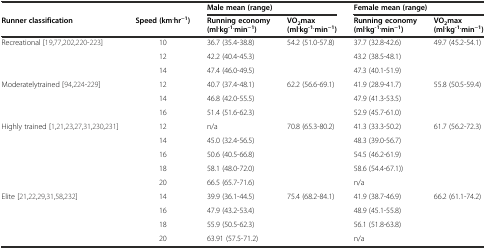
<table><thead><tr><td></td><td></td><td colspan="2"><b>Male mean (range)</b></td><td colspan="2"><b>Female mean (range)</b></td></tr><tr><td><b>Runner classification</b></td><td><b>Speed (km<sup>.</sup>hr<sup>−1</sup>)</b></td><td><b>Running economy (ml<sup>.</sup>kg<sup>-1.</sup>min<sup>−1</sup>)</b></td><td><b>VO<sub>2</sub>max (ml<sup>.</sup>kg<sup>-1.</sup>min<sup>−1</sup>)</b></td><td><b>Running economy (ml<sup>.</sup>kg<sup>-1.</sup>min<sup>−1</sup>)</b></td><td><b>VO<sub>2</sub>max (ml<sup>.</sup>kg<sup>-1.</sup>min<sup>−1</sup>)</b></td></tr></thead><tbody><tr><td rowspan="3">Recreational [19,77,202,220-223]</td><td>10</td><td>36.7 (35.4-38.8)</td><td rowspan="3">54.2 (51.0-57.8)</td><td>37.7 (32.8-42.6)</td><td rowspan="3">49.7 (45.2-54.1)</td></tr><tr><td>12</td><td>42.2 (40.4-45.3)</td><td>43.2 (38.5-48.1)</td></tr><tr><td>14</td><td>47.4 (46.0-49.5)</td><td>47.3 (40.1-51.9)</td></tr><tr><td rowspan="3">Moderatelytrained [94,224-229]</td><td>12</td><td>40.7 (37.4-48.1)</td><td rowspan="3">62.2 (56.6-69.1)</td><td>41.9 (28.9-41.7)</td><td rowspan="3">55.8 (50.5-59.4)</td></tr><tr><td>14</td><td>46.8 (42.0-55.5)</td><td>47.9 (41.3-53.5)</td></tr><tr><td>16</td><td>51.4 (51.6-62.3)</td><td>52.9 (45.7-61.0)</td></tr><tr><td rowspan="5">Highly trained [1,21,23,27,31,230,231]</td><td>12</td><td>n/a</td><td rowspan="5">70.8 (65.3-80.2)</td><td>41.3 (33.3-50.2)</td><td rowspan="5">61.7 (56.2-72.3)</td></tr><tr><td>14</td><td>45.0 (32.4-56.5)</td><td>48.3 (39.0-56.7)</td></tr><tr><td>16</td><td>50.6 (40.5-66.8)</td><td>54.5 (46.2-61.9)</td></tr><tr><td>18</td><td>58.1 (48.0-72.0)</td><td>58.6 (54.4-67.1))</td></tr><tr><td>20</td><td>66.5 (65.7-71.6)</td><td>n/a</td></tr><tr><td rowspan="4">Elite [21,22,29,31,58,232]</td><td>14</td><td>39.9 (36.1-44.5)</td><td rowspan="4">75.4 (68.2-84.1)</td><td>41.9 (38.7-46.9)</td><td rowspan="4">66.2 (61.1-74.2)</td></tr><tr><td>16</td><td>47.9 (43.2-53.4)</td><td>48.9 (45.1-55.8)</td></tr><tr><td>18</td><td>55.9 (50.5-62.3)</td><td>56.1 (51.8-63.8)</td></tr><tr><td>20</td><td>63.91 (57.5-71.2)</td><td>n/a</td></tr></tbody></table>